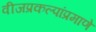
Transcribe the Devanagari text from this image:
वीजप्रकल्पांप्रमाणे